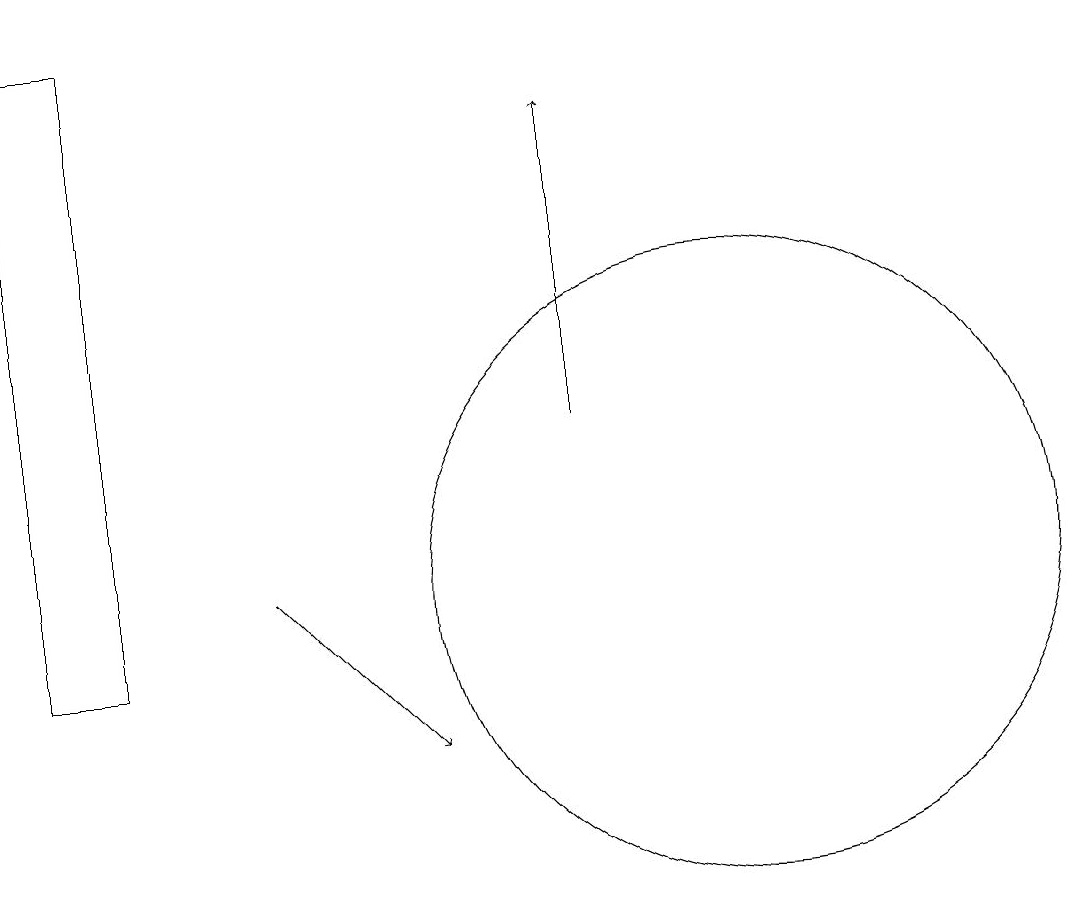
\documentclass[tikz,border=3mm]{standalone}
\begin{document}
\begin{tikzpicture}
\draw[->] (9,14) -- (9,18);
\draw (2,19) rectangle (3,11);
\draw[->] (5,12) -- (7,10);
\draw (11,12) circle (4);
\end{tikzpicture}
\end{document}